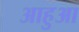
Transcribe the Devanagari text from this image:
आहुआ